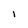
Character: l